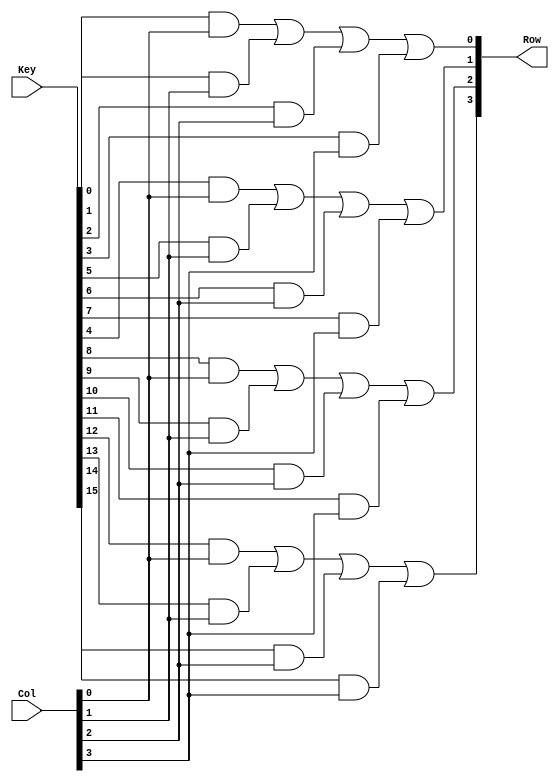
module Row_Signal (Row, Key, Col);
  output 	[3:0] 	Row;
  input 	[15:0] 	Key;
  input 	[3:0] 	Col;
  reg 			Row; 
 
// Scan for row of the asserted key  

  always  @ (Key or Col) begin  //Asynchronous behavior for key assertion
    Row[0] = Key[0]  && Col[0]  || Key[1]  && Col[1] || Key[2] && Col[2]  || Key[3] && Col[3];
    Row[1] = Key[4]  && Col[0]  || Key[5]  && Col[1] || Key[6] && Col[2]  || Key[7] && Col[3];
    Row[2] = Key[8]  && Col[0]  || Key[9]  && Col[1] || Key[10] && Col[2] || Key[11] && Col[3];
    Row[3] = Key[12] && Col[0]  || Key[13] && Col[1] || Key[14] && Col[2] || Key[15] && Col[3];
  end
endmodule